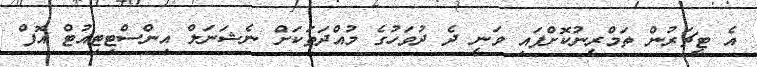
އެ ޓީޗަރުން ތަމްރީނުކޮށްފައި ވަނީ ދެ ދުވަހުގެ މުއްދަތަަކަށް ނެޝަނަލް އިންސްޓިޓިއުޓް އޮފް